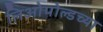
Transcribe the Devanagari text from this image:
लिओपोल्डच्या